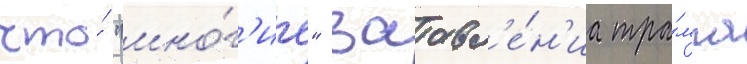
что́ "мно́г'ие" заавл'е́н'иа тра́мпа